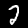
Label: 2